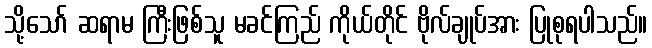
သို့သော် ဆရာမ ကြီးဖြစ်သူ မခင်ကြည် ကိုယ်တိုင် ဗိုလ်ချုပ်အား ပြုစုရပါသည်။